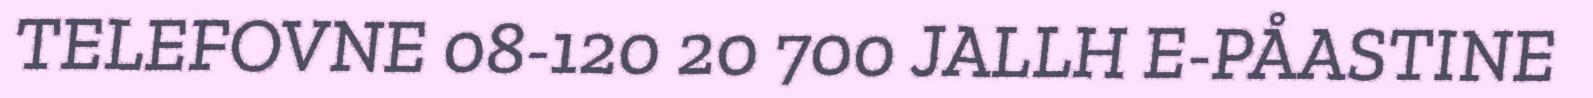
TELEFOVNE 08-120 20 700 JALLH E-PÅASTINE